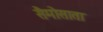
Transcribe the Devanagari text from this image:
सैमोसाता